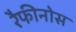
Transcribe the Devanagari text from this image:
रैफीनोस